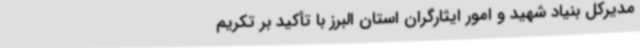
مدیرکل بنیاد شهید و امور ایثارگران استان البرز با تأکید بر تکریم